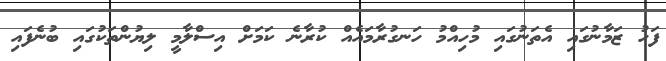
ފަހު ޒަމާނުގައި އެތަނުގައި މުހިއްމު ހަނގުރާމައެއް ކުރާނެ ކަމަށް އިސްލާމީ ލިޔުންތަކުގައި ބުނެފައި